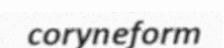
coryneform